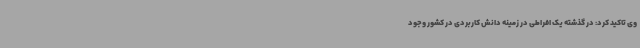
وی تاکید کرد: در گذشته یک افراطی در زمینه دانش کاربردی در کشور وجود